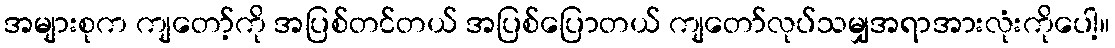
အများစုက ကျတော့်ကို အပြစ်တင်တယ် အပြစ်ပြောတယ် ကျတော်လုပ်သမျှအရာအားလုံးကိုပေါ့။